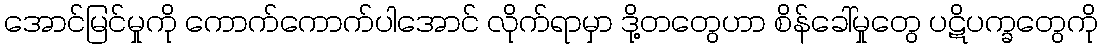
အောင်မြင်မှုကို ကောက်ကောက်ပါအောင် လိုက်ရာမှာ ဒို့တတွေဟာ စိန်ခေါ်မှုတွေ ပဋိပက္ခတွေကို